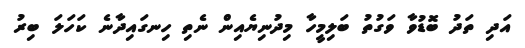
އަދި ތަދު ބޮޑުވާ ވަގުތު ބަލިމީހާ މިދުނިޔެއިން ނެތި ހިނގައިދާނެ ކަހަލަ ބިރު